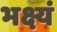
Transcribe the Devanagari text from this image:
भक्ष्यं